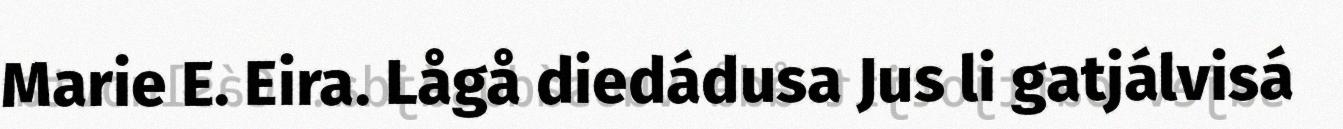
Marie E. Eira. Lågå diedádusa Jus li gatjálvisá